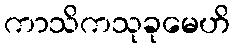
ကာသိကသုခုမေဟိ